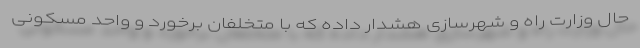
حال وزارت راه و شهرسازی هشدار داده که با متخلفان برخورد و واحد مسکونی